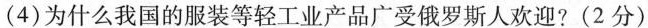
(4)为什么我国的服装等轻工业产品广受俄罗斯人欢迎?(2分)